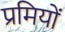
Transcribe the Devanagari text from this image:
प्रमियों